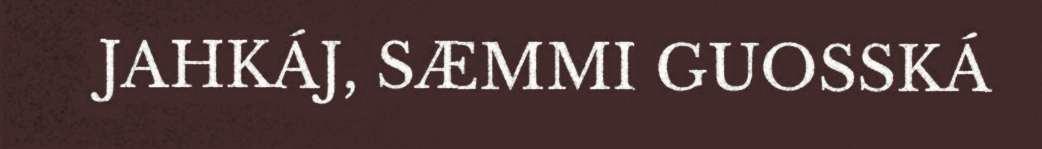
JAHKÁJ, SÆMMI GUOSSKÁ